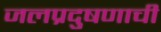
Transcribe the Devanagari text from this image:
जलप्रदुषणाची